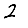
Digit: 2